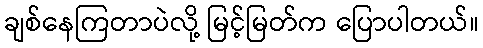
ချစ်နေကြတာပဲလို့ မြင့်မြတ်က ပြောပါတယ်။